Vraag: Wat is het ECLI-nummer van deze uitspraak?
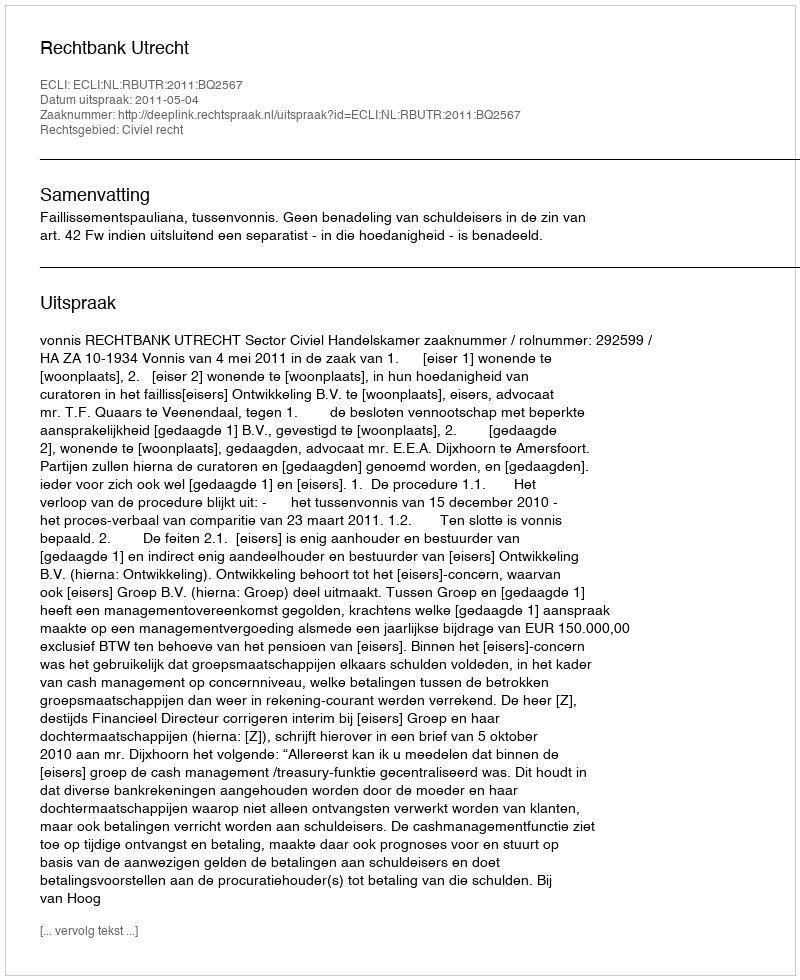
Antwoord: ECLI:NL:RBUTR:2011:BQ2567